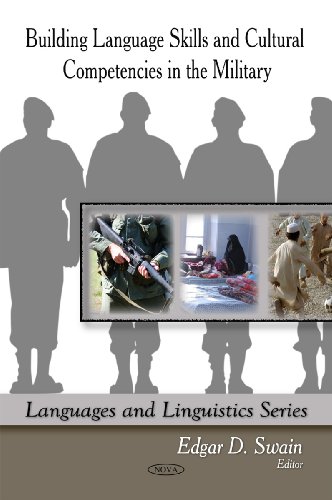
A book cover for Building Language Skills and Cultural Competencies in the Military (Languages and Linguistics Series); Edgar D. Swain; Law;